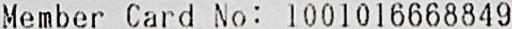
MEMBER CARD NO: 1001016668849